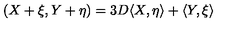
( X + \xi , Y + \eta ) = 3 D \langle X , \eta \rangle + \langle Y , \xi \rangle